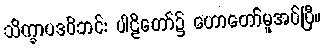
သိက္ခာပဒဝိဘင်း ပါဠိတော်၌ ဟောတော်မူအပ်ပြီ။